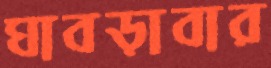
ঘাবড়াবার